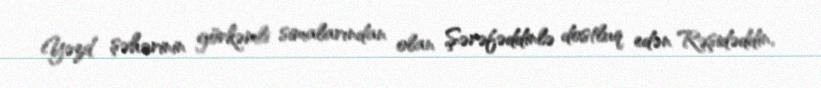
Yəzd şəhərinin görkəmli simalarından olan Şərəfəddinlə dostluq edən Rəşidəddin,